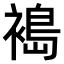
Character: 𫌈